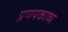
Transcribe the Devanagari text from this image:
प्रणयकाव्य